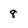
Character: 8